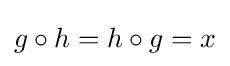
g\circ h=h\circ g=x